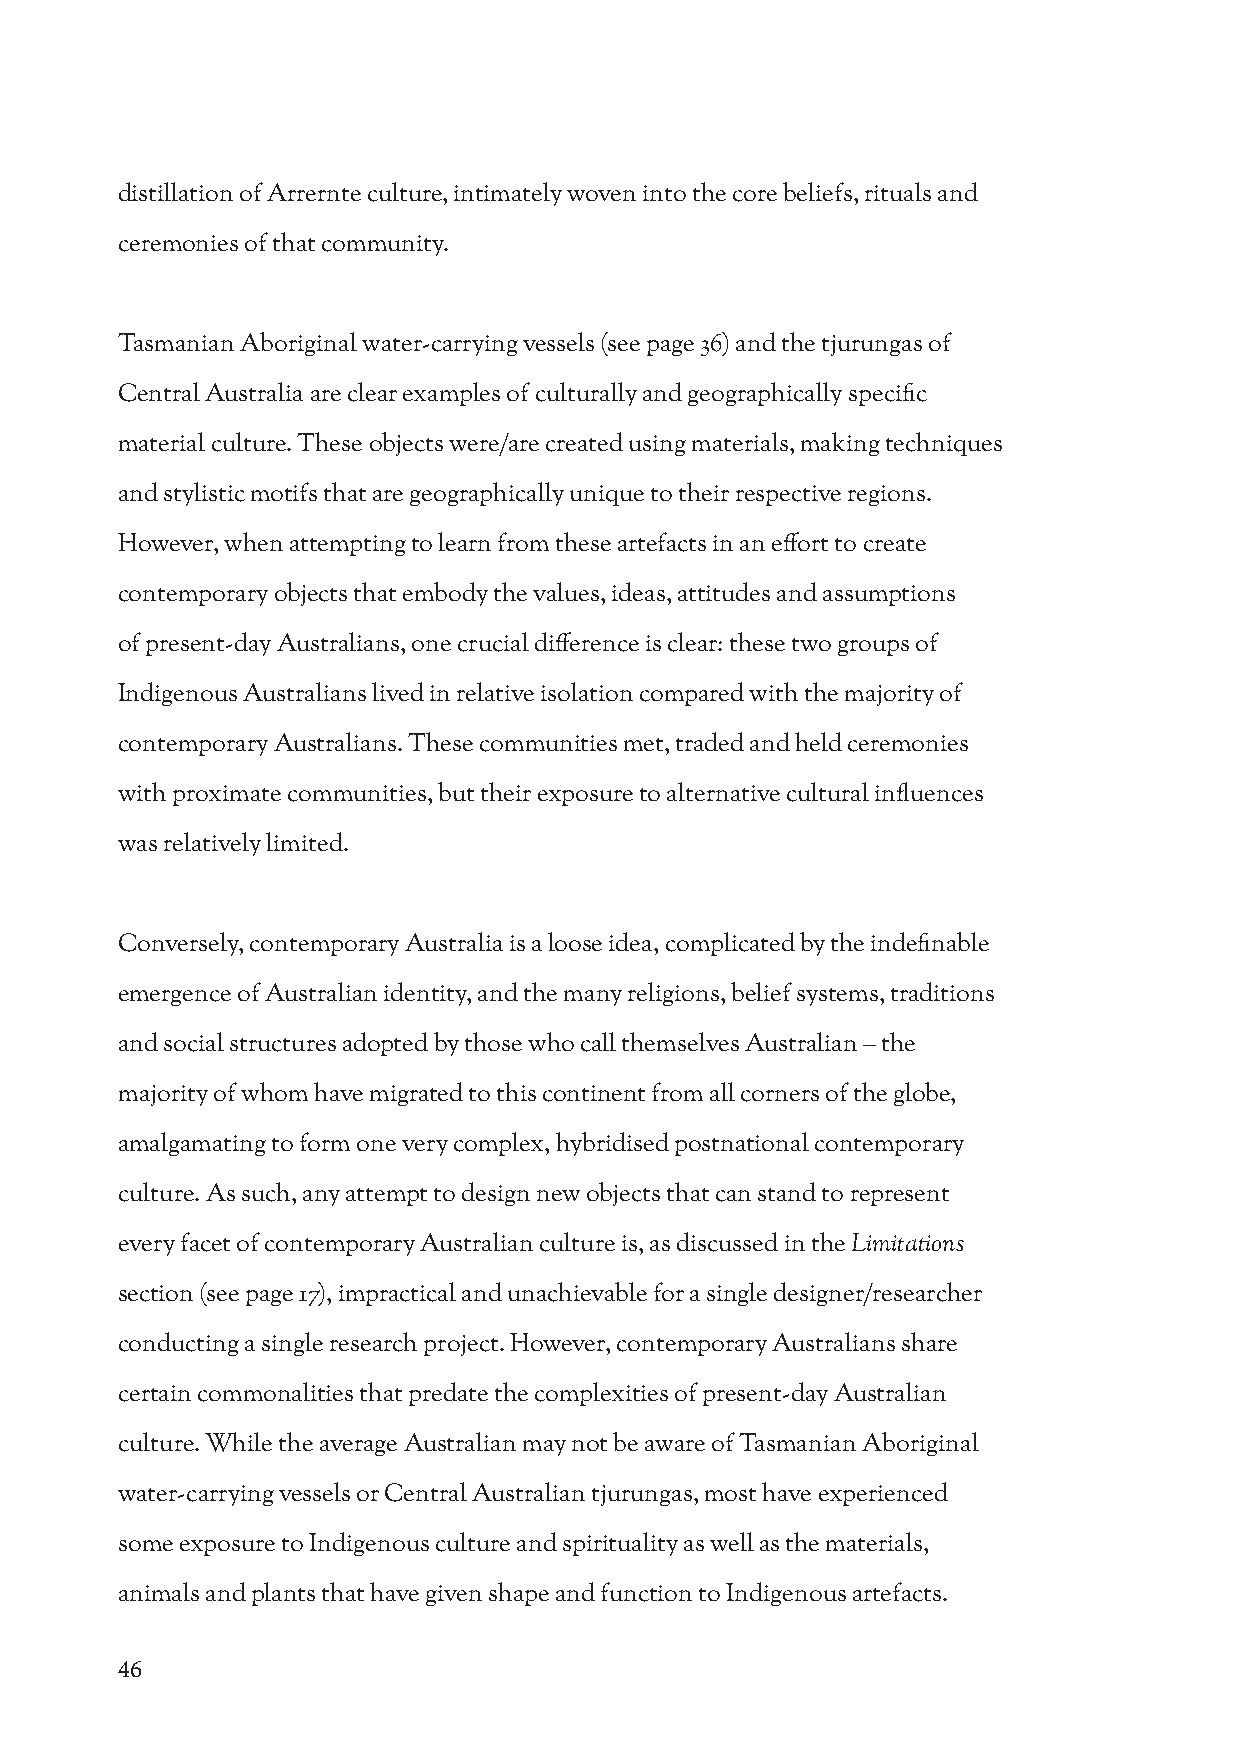
distillation of Arrernte culture, intimately woven into the core beliefs, rituals and
 ceremonies of that community.
 Tasmanian Aboriginal water-carrying vessels (see page 36) and the tjurungas of
 Central Australia are clear examples of culturally and geographically specific
 material culture. These objects were/are created using materials, making techniques
 and stylistic motifs that are geographically unique to their respective regions.
 However, when attempting to learn from these artefacts in an effort to create
 contemporary objects that embody the values, ideas, attitudes and assumptions
 of present-day Australians, one crucial difference is clear: these two groups of
 Indigenous Australians lived in relative isolation compared with the majority of
 contemporary Australians. These communities met, traded and held ceremonies
 with proximate communities, but their exposure to alternative cultural influences
 was relatively limited.
 Conversely, contemporary Australia is a loose idea, complicated by the indefinable
 emergence of Australian identity, and the many religions, belief systems, traditions
 and social structures adopted by those who call themselves Australian – the
 majority of whom have migrated to this continent from all corners of the globe,
 amalgamating to form one very complex, hybridised postnational contemporary
 culture. As such, any attempt to design new objects that can stand to represent
 every facet of contemporary Australian culture is, as discussed in the Limitations
 section (see page 17), impractical and unachievable for a single designer/researcher
 conducting a single research project. However, contemporary Australians share
 certain commonalities that predate the complexities of present-day Australian
 culture. While the average Australian may not be aware of Tasmanian Aboriginal
 water-carrying vessels or Central Australian tjurungas, most have experienced
 some exposure to Indigenous culture and spirituality as well as the materials,
 animals and plants that have given shape and function to Indigenous artefacts.
 46